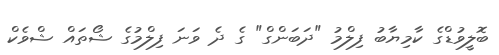
ބޮލީވުޑްގެ ކާމިޔާބު ފިލްމު "ދަބަންގް" ގެ ދެ ވަނަ ފިލްމުގެ ޝޯތައް ޝްވެކް